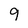
Character: 9